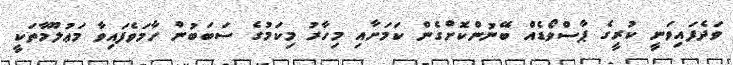
ވަދެފައިވަނީ ކުރީގެ ޕާސްވޯޑެއް ބޭނުންކޮށްގެން ކަމަށާއި މިހާރު މިކަމުގެ ސަބަބުން ހާމަވެފައިވާ މަޢުލޫމާތަކީ